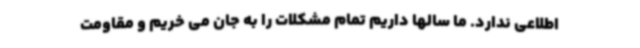
اطلاعی ندارد. ما سالها داریم تمام مشکلات را به جان می خریم و مقاومت